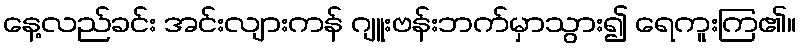
နေ့လည်ခင်း အင်းလျားကန် ဂျူးဗန်းဘက်မှာသွား၍ ရေကူးကြ၏။